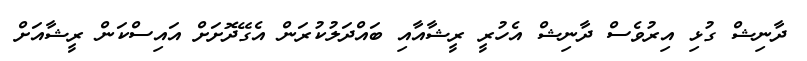
ދާނިޝް ގުޅި އިރުވެސް ދާނިޝް އެހުރީ ރީޝާއާއި ބައްދަލުކުރަން އެގޭދޮށަށް އައިސްކަން ރީޝާއަށް